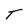
Character: T